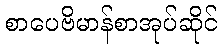
စာပေဗိမာန်စာအုပ်ဆိုင်